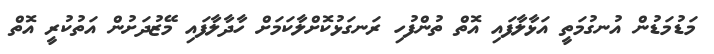
މަޑުމަޑުން އުނގުމަތީ އަޅާލާފައި އޮތް ތުންފުހި ރަނގަޅުކޮށްލާކަމަށް ހާދާލާފައި މޭޒުދަށުން އަތުކުރީ އޮތް